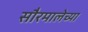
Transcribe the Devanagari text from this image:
सौरमालेच्या